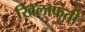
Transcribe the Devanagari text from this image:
खिलाफती